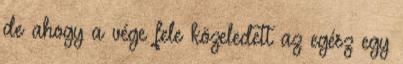
de ahogy a vége fele közeledett az egész egy